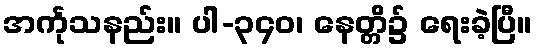
အင်္ကုသနည်း။ ပါ-၃၄၀၊ နေတ္တိ၌ ရေးခဲ့ပြီ။